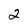
Character: 2